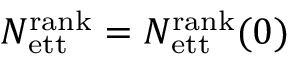
N _ { \mathrm { e t t } } ^ { \mathrm { r a n k } } = N _ { \mathrm { e t t } } ^ { \mathrm { r a n k } } ( 0 )